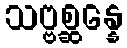
သဗ္ဗစ္ဆန္နေ